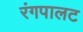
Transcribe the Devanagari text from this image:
रंगपालट